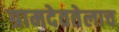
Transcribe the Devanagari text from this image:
ग्रामदेवतेलाच